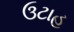
ઉટાહ